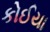
કોઈયા